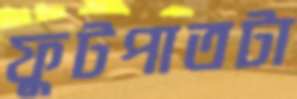
ফুটপাতটা